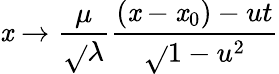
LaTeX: \mathit{x}\rightarrow\frac{{\mu}}{{\sqrt{}{{\lambda}}}}\frac{{(\mathit{x}-\mathit{x}_{0})-ut}}{{\sqrt{}{{1-u^{2}}}}}